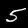
Digit: 5